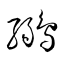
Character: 鶸